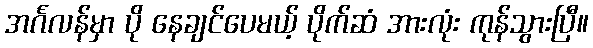
အင်္ဂလန်မှာ ပို နေချင်ပေမယ့် ပိုက်ဆံ အားလုံး ကုန်သွားပြီ။